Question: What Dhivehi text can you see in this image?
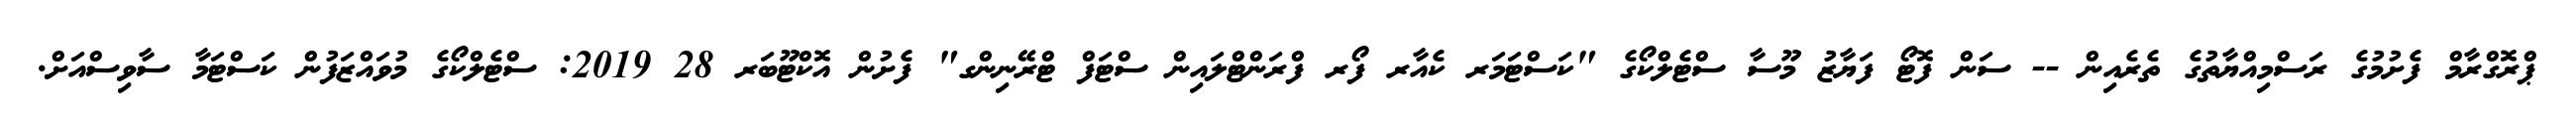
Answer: ޕްރޮގްރާމް ފެށުމުގެ ރަސްމިއްޔާތުގެ ތެރެއިން -- ސަން ފޮޓޯ ފަޔާޒު މޫސާ ސްޓެލްކޯގެ "ކަސްޓަމަރ ކެއާރ ފޯރ ފްރަންޓްލައިން ސްޓަފް ޓްރޭނިންގ" ފެށުން އޮކްޓޫބަރ 28 2019: ސްޓެލްކޯގެ މުވައްޒަފުން ކަސްޓަމާ ސާވިސްއަށް.